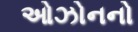
ઓઝોનનો